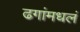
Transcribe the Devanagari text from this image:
ढगांमधलं